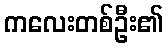
ကလေးတစ်ဦး၏